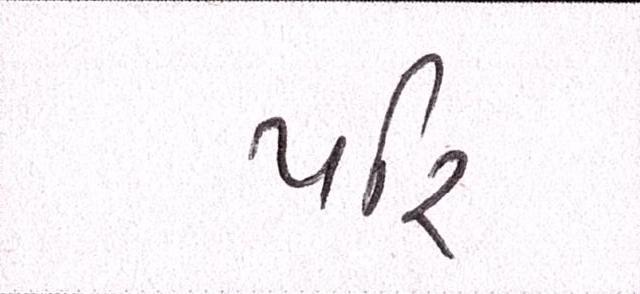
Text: પરિ